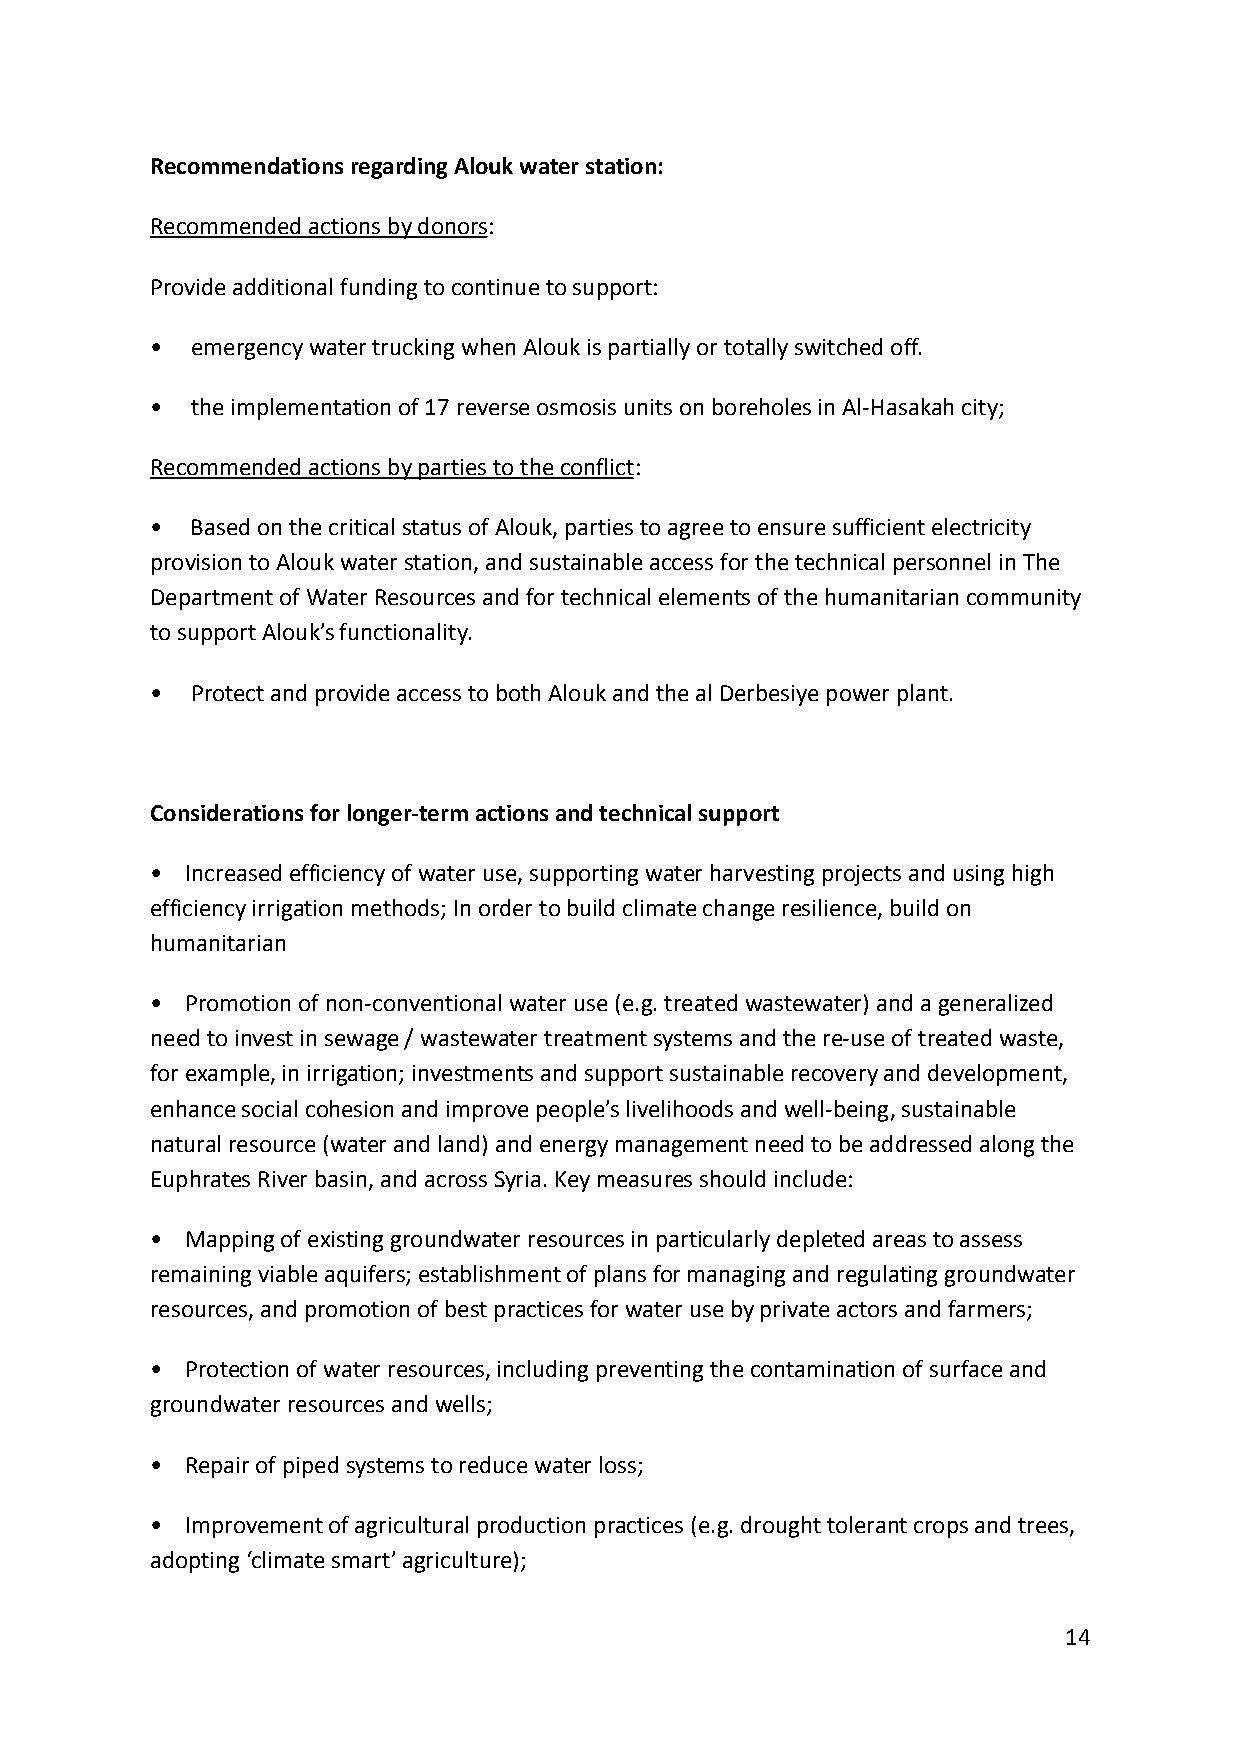
Recommendations regarding Alouk water station:
 Recommended actions by donors:
 Provide additional funding to continue to support:
 •  emergency water trucking when Alouk is partially or totally switched off.
 •  the implementation of 17 reverse osmosis units on boreholes in Al-Hasakah city;
 Recommended actions by parties to the conflict:
 •  Based on the critical status of Alouk, parties to agree to ensure sufficient electricity
 provision to Alouk water station, and sustainable access for the technical personnel in The
 Department of Water Resources and for technical elements of the humanitarian community
 to support Alouk’s functionality.
 •  Protect and provide access to both Alouk and the al Derbesiye power plant.
 Considerations for longer-term actions and technical support
 • Increased efficiency of water use, supporting water harvesting projects and using high
 efficiency irrigation methods; In order to build climate change resilience, build on
 humanitarian
 • Promotion of non-conventional water use (e.g. treated wastewater) and a generalized
 need to invest in sewage / wastewater treatment systems and the re-use of treated waste,
 for example, in irrigation; investments and support sustainable recovery and development,
 enhance social cohesion and improve people’s livelihoods and well-being, sustainable
 natural resource (water and land) and energy management need to be addressed along the
 Euphrates River basin, and across Syria. Key measures should include:
 • Mapping of existing groundwater resources in particularly depleted areas to assess
 remaining viable aquifers; establishment of plans for managing and regulating groundwater
 resources, and promotion of best practices for water use by private actors and farmers;
 • Protection of water resources, including preventing the contamination of surface and
 groundwater resources and wells;
 • Repair of piped systems to reduce water loss;
 • Improvement of agricultural production practices (e.g. drought tolerant crops and trees,
 adopting ‘climate smart’ agriculture);
 14